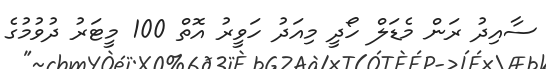
ސާއިދު ރަން މެޑަލް ހޯދީ މިއަދު ހަވީރު އޮތް 100 މީޓަރު ދުވުމުގެ